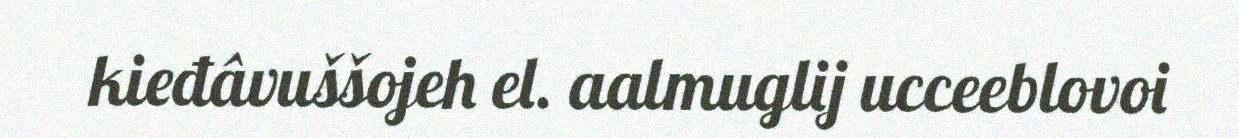
kieđâvuššojeh el. aalmuglij ucceeblovoi